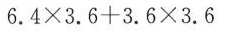
$$6 . 4 \times 3 . 6 + 3 . 6 \times 3 . 6$$